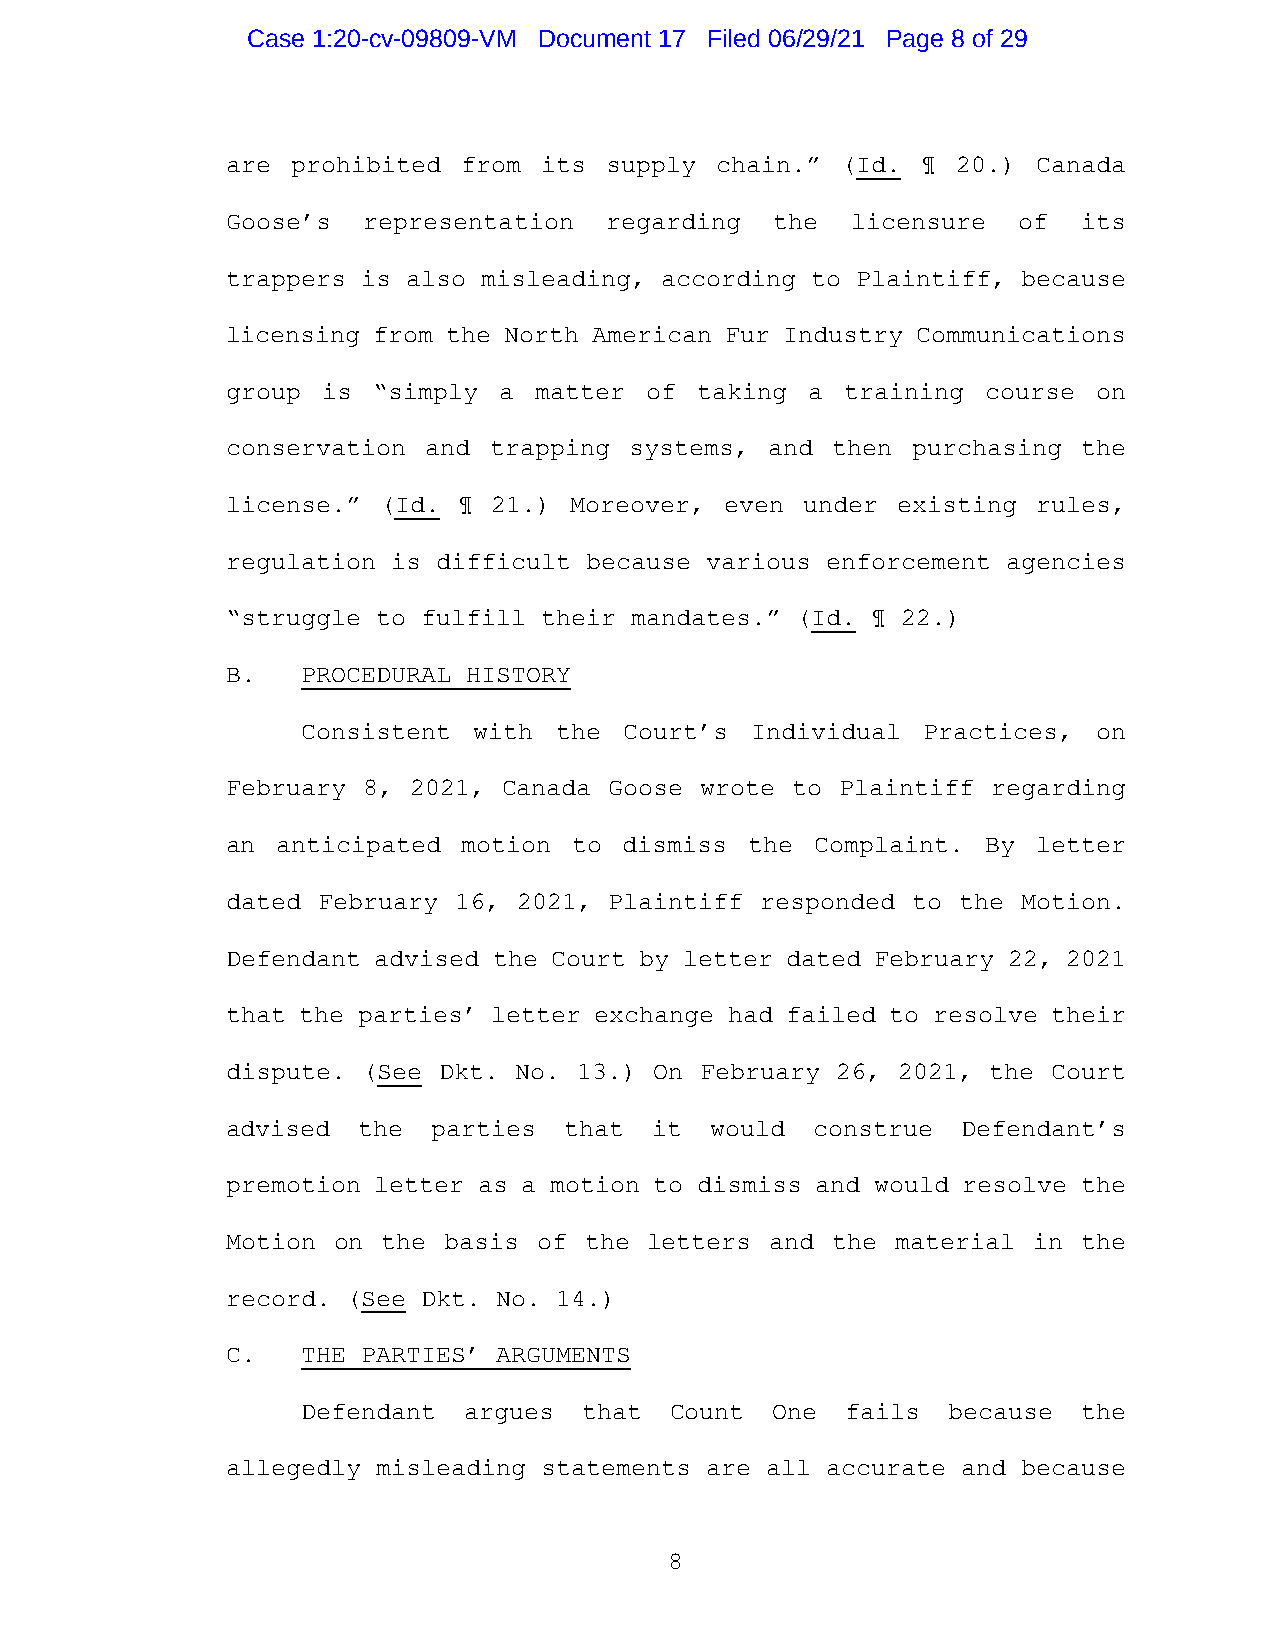
Case 1:20-cv-09809-VM Document 17 Filed 06/29/21 Page 8 of 29
 are prohibited  from its supply chain.”  (Id. ¶ 20.)  Canada
 Goose’s  representation  regarding  the  licensure  of   its
 trappers is also misleading, according to Plaintiff, because
 licensing from the North American Fur Industry Communications
 group is  “simply a matter  of taking a  training course  on
 conservation and trapping  systems, and then purchasing  the
 license.” (Id. ¶  21.) Moreover, even under existing  rules,
 regulation is difficult because various enforcement agencies
 “struggle to fulfill their mandates.” (Id. ¶ 22.)
 B.   PROCEDURAL HISTORY
 Consistent with  the Court’s  Individual Practices,  on
 February 8, 2021, Canada Goose wrote to  Plaintiff regarding
 an anticipated  motion to dismiss  the Complaint. By  letter
 dated February 16, 2021, Plaintiff responded to the  Motion.
 Defendant advised the Court by letter dated February 22, 2021
 that the parties’ letter exchange had failed to resolve their
 dispute. (See Dkt. No. 13.) On February 26, 2021,  the Court
 advised  the  parties that  it  would  construe  Defendant’s
 premotion letter as a motion to dismiss and would resolve the
 Motion on the basis  of the letters and the material in  the
 record. (See Dkt. No. 14.)
 C.   THE PARTIES’ ARGUMENTS
 Defendant  argues  that Count  One  fails  because  the
 allegedly misleading statements are all accurate and because
 8